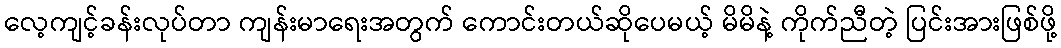
လေ့ကျင့်ခန်းလုပ်တာ ကျန်းမာရေးအတွက် ကောင်းတယ်ဆိုပေမယ့် မိမိနဲ့ ကိုက်ညီတဲ့ ပြင်းအားဖြစ်ဖို့